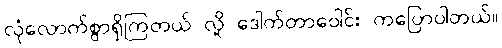
လုံလောက်စွာရှိကြတယ် လို့ ဒေါက်တာဝေါင်း ကပြောပါတယ်။